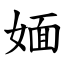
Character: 媔